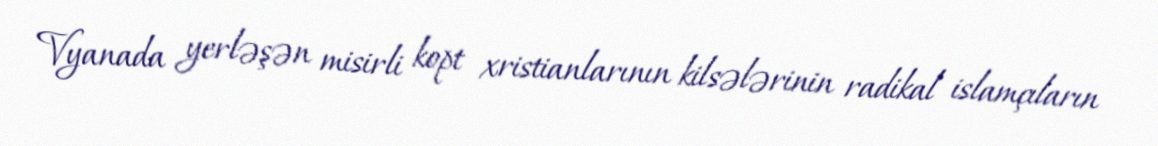
Vyanada yerləşən misirli kopt xristianlarının kilsələrinin radikal islamçıların